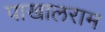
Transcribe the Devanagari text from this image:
पाखालराम